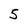
Character: 5